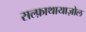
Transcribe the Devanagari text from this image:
सल्फ़ाथायाज़ोल